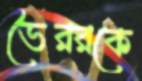
ভৈররকে